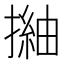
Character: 𢳏